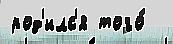
род'илс'я того́